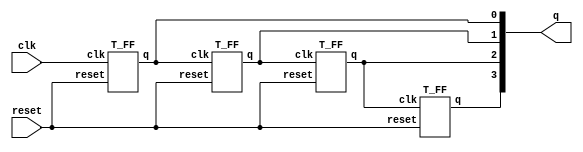
//****** Example 1: Ripple Carry counter Top Block

module ripple_carry_counter(q, clk, reset);
    output [3:0] q; input clk, reset;
    T_FF tffo(q[0], clk, reset);
    T_FF tff1(q[1], q[0], reset); 
    T_FF tff2(q[2], q[1], reset); 
    T_FF tff3(q[3], q[2], reset); 
endmodule

//****** Example 2: Flip-flop T_FF
module T_FF (q, clk, reset); 
    output q;
    input clk, reset;
    wire d;
    D_FF dffO(q, d, clk, reset); 
    not n1(d,q); //not is a verilog-provided primitive 
endmodule

// Example 3 Flip_flop D_FF

module D_FF(q,d,clk,reset);

output q;
input d,clk,reset;

reg q;

always@(posedge reset or negedge clk)
    if(reset)
        q= 1'b0;
    else
        q = d;

endmodule

// example 4 Stimulus Block

module Stimulus;
    reg clk;
    reg reset;
    wire [3:0] q;

    ripple_carry_counter r1(q,clk,reset);

    initial
        clk = 1'b0;

    always
        #5 clk = ~clk;

    initial begin

        reset = 1'b1;
        #15 reset = 1'b0;
        #180 reset = 1'b1;
        #10 reset = 1'b0;
        #20 $finish;
    end

    initial
        $monitor($time, " Output q = %d", q);

endmodule